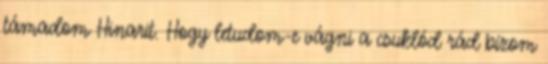
támadom Hinarit. Hogy letudom-e vágni a csuklód rád bízom